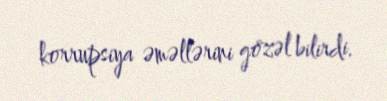
korrupsiya əməllərini gözəl bilirdi.